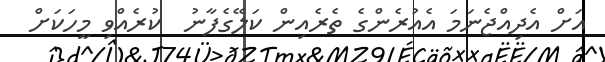
އަށް އެދިއްޖެނަމަ އެއުރެންގެ ތެރެއިން ކަލޭގެފާނު  ކުރެއްވި މީހަކަށް